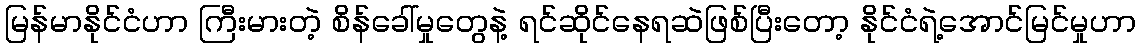
မြန်မာနိုင်ငံဟာ ကြီးမားတဲ့ စိန်ခေါ်မှုတွေနဲ့ ရင်ဆိုင်နေရဆဲဖြစ်ပြီးတော့ နိုင်ငံရဲ့အောင်မြင်မှုဟာ